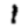
Digit: 1